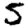
Digit: 5